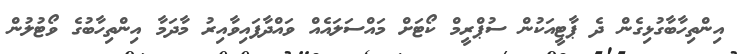
އިންތިހާބާގުޅިގެން ދެ ޕާޓީއަކުން ސުޕްރީމް ކޯޓަށް މައްސަލައެއް ވައްދާފައިވާއިރު މާދަމާ އިންތިހާބުގެ ވޯޓުލުން